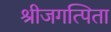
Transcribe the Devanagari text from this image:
श्रीजगत्पिता